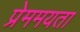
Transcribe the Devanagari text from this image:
प्रेममयता